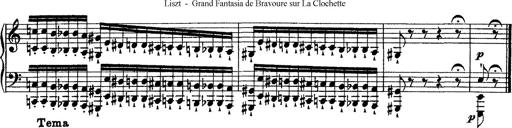
Title: Grande fantasie di bravura sur La clochette
Composer: Franz Liszt
Key: A minor